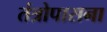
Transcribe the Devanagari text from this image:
तंत्रोपासना